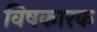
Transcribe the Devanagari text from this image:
विषकारक